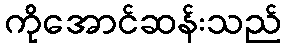
ကိုအောင်ဆန်းသည်